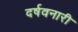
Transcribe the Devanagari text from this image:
दर्षवनारी